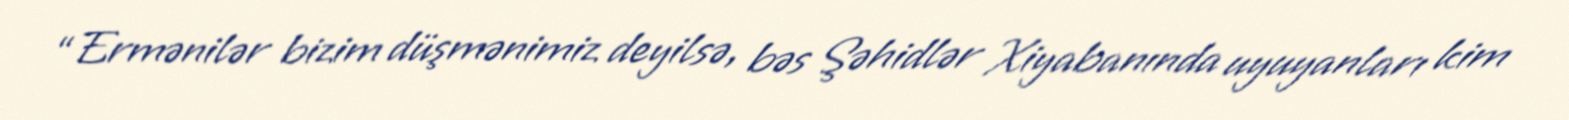
“Ermənilər bizim düşmənimiz deyilsə, bəs Şəhidlər Xiyabanında uyuyanları kim